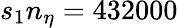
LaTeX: s_{1}n_{\eta}=432000